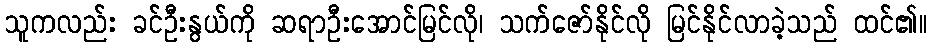
သူကလည်း ခင်ဦးနွယ်ကို ဆရာဦးအောင်မြင်လို၊ သက်ဇော်နိုင်လို မြင်နိုင်လာခဲ့သည် ထင်၏။